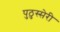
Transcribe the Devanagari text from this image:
पुठुस्सेरी